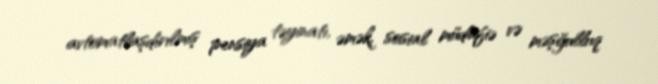
avtomatlaşdırılmış pensiya təyinatı, əmək, sosial müdafiə və məşğulluq